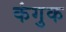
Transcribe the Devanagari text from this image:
कंगुक